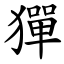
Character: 㺗